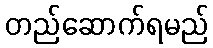
တည်ဆောက်ရမည်